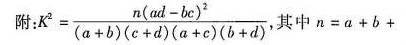
附 $$K ^ { 2 } = \frac { n ( a d - b c ) ^{ 2 } { ( a + b ) ( c + d ) ( a + c ) ( b + d )}$$ 其中$$n = a + b +